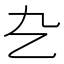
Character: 㐇